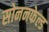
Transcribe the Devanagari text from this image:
सोननफेल्ड